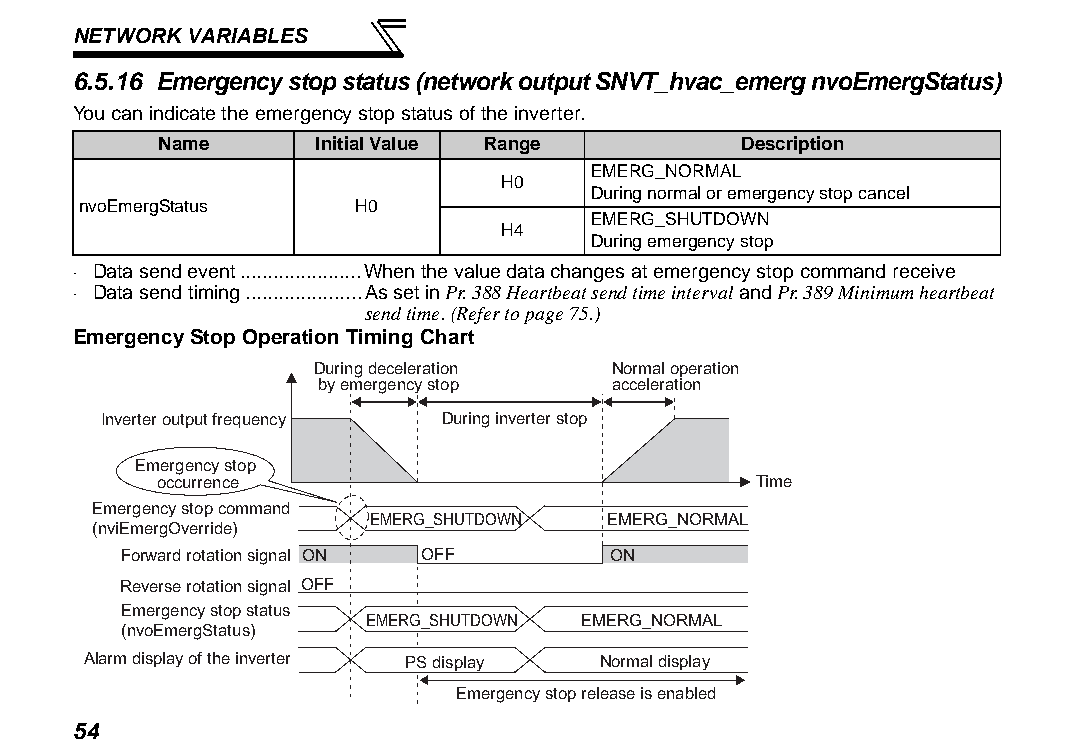
NETWORK VARIABLES
 6.5.16 Emergency stop status (network output SNVT_hvac_emerg nvoEmergStatus)
 You can indicate the emergency stop status of the inverter.
 Name      Initial Value Range          Description
 EMERG_NORMAL
 H0
 During normal or emergency stop cancel
 nvoEmergStatus    H0
 EMERG_SHUTDOWN
 H4
 During emergency stop
 ⋅ Data send event......................When the value data changes at emergency stop command receive
 ⋅ Data send timing.....................As set in Pr. 388 Heartbeat send time interval and Pr. 389 Minimum heartbeat
 send time. (Refer to page 75.)
 Emergency Stop Operation Timing Chart
 During deceleration Normal operation
 by emergency stop  acceleration
 Inverter output frequency During inverter stop
 Emergency stop
 occurrence                              Time
 Emergency stop command
 EMERG_SHUTDOWN  EMERG_NORMAL
 (nviEmergOverride)
 Forward rotation signal ON OFF  ON
 Reverse rotation signal OFF
 Emergency stop status
 EMERG_SHUTDOWN EMERG_NORMAL
 (nvoEmergStatus)
 Alarm display of the inverter PS display Normal display
 Emergency stop release is enabled
 54